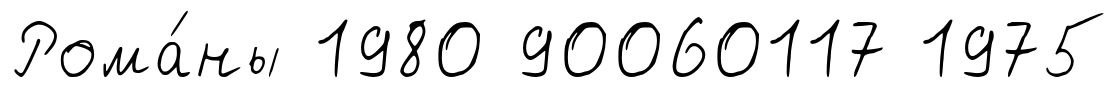
Рома́ны 1980 90060117 1975